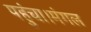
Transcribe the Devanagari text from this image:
पहुंचा।मंगल